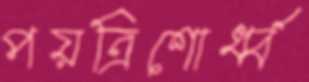
পয়ত্রিশোর্ধ্ব